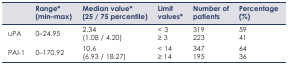
<table><thead><tr><td></td><td><b>Range<sup>*</sup> (min–max)</b></td><td><b>Median value<sup>*</sup> (25 / 75 percentile)</b></td><td><b>Limit values<sup>*</sup></b></td><td><b>Number of patients</b></td><td><b>Percentage (%)</b></td></tr></thead><tbody><tr><td>uPA</td><td>0–24.95</td><td>2.34 (1.08 / 4.20)</td><td>&lt; 3≥ 3</td><td>319223</td><td>5941</td></tr><tr><td>PAI-1</td><td>0–170.92</td><td>10.6 (6.93 / 18.27)</td><td>&lt; 14≥ 14</td><td>347195</td><td>6436</td></tr></tbody></table>